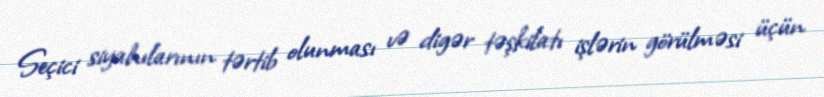
Seçici siyahılarının tərtib olunması və digər təşkilatı işlərin görülməsi üçün